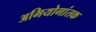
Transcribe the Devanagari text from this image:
अभियोगांतक